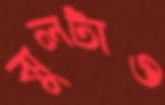
ঝুলটাও